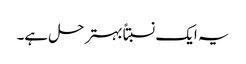
یہ ایک نسبتاًبہتر حل ہے۔